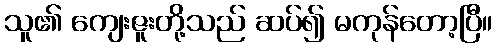
သူ၏ ကျေးဇူးတို့သည် ဆပ်၍ မကုန်တော့ပြီ။